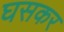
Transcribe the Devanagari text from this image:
घसकर